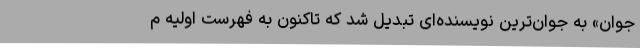
جوان» به جوان‌ترین نویسنده‌ای تبدیل شد که تاکنون به فهرست اولیه م